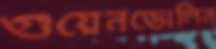
গুয়েনডোলিন